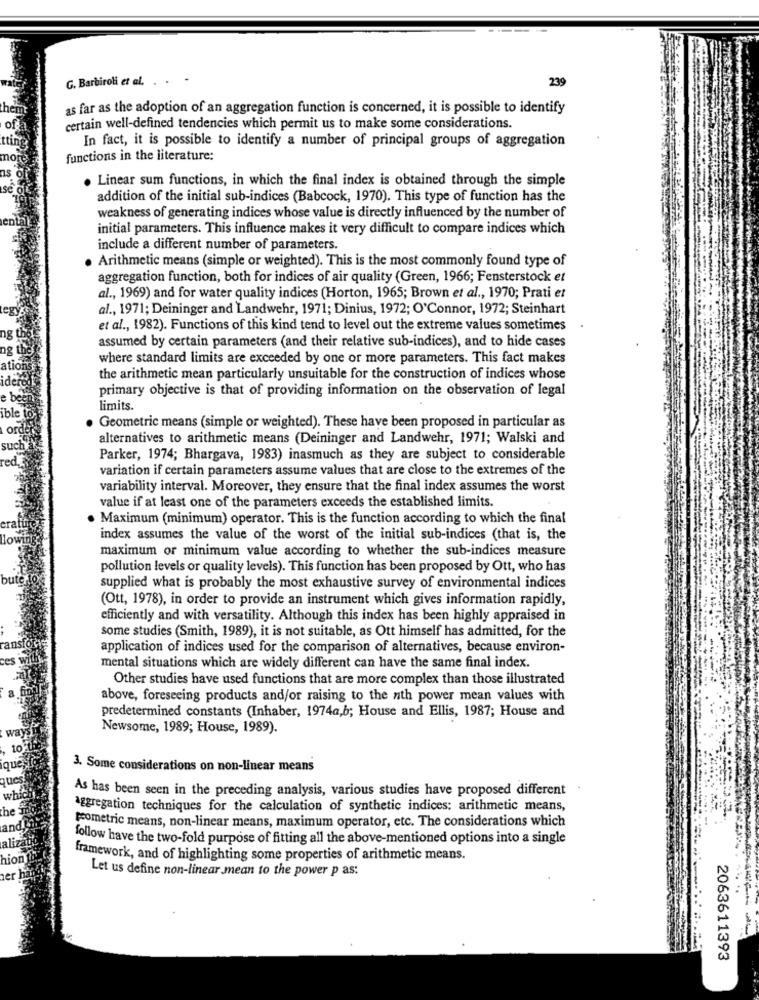
G. Barbiroli et al. . .
239
as far as the adoption of an aggregation function is concerned, it is possible to identify
certain well-defined tendencies which permit us to make some considerations.
In fact, it is possible to identify a number of principal groups of aggregation
functions in the literature:
Linear sum functions, in which the final index is obtained through the simple
addition of the initial sub-indices (Babcock, 1970). This type of function has the
weakness of generating indices whose value is directly influenced by the number of
initial parameters. This influence makes it very difficult to compare indices which
include a different number of parameters.
Arithmetic means (simple or weighted). This is the most commonly found type of
aggregation function, both for indices of air quality (Green, 1966; Fensterstock et
al ., 1969) and for water quality indices (Horton, 1965; Brown et al ., 1970; Prati et
al ., 1971; Deininger and Landwehr, 1971; Dinius, 1972; O'Connor, 1972; Steinhart
et al ., 1982). Functions of this kind tend to level out the extreme values sometimes
.
assumed by certain parameters (and their relative sub-indices), and to hide cases
where standard limits are exceeded by one or more parameters. This fact makes
the arithmetic mean particularly unsuitable for the construction of indices whose
primary objective is that of providing information on the observation of legal
ible
limits.
Geometric means (simple or weighted). These have been proposed in particular as
alternatives to arithmetic means (Deininger and Landwehr, 1971; Walski and
such
Parker, 1974; Bhargava, 1983) inasmuch as they are subject to considerable
variation if certain parameters assume values that are close to the extremes of the
variability interval. Moreover, they ensure that the final index assumes the worst
value if at least one of the parameters exceeds the established limits.
Maximum (minimum) operator. This is the function according to which the final
index assumes the value of the worst of the initial sub-indices (that is, the
maximum or minimum value according to whether the sub-indices measure
pollution levels or quality levels). This function has been proposed by Ott, who has
supplied what is probably the most exhaustive survey of environmental indices
(Ott, 1978), in order to provide an instrument which gives information rapidly,
efficiently and with versatility. Although this index has been highly appraised in
some studies (Smith, 1989), it is not suitable, as Ott himself has admitted, for the
application of indices used for the comparison of alternatives, because environ-
mental situations which are widely different can have the same final index.
Other studies have used functions that are more complex than those illustrated
above, foreseeing products and/or raising to the nth power mean values with
predetermined constants (Inhaber, 1974a,b; House and Ellis, 1987; House and
Newsome, 1989; House, 1989).
3. Some considerations on non-linear means
As has been seen in the preceding analysis, various studies have proposed different
aggregation techniques for the calculation of synthetic indices; arithmetic means,
prometric means, non-linear means, maximum operator, etc. The considerations which
aliz
follow have the two-fold purpose of fitting all the above-mentioned options into a single
hion
framework, and of highlighting some properties of arithmetic means.
zer
Let us define non-linear mean to the power p as:
2063611393